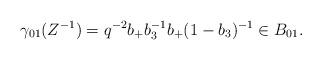
LaTeX: \begin{align*}\gamma_{01} (Z^{-1}) = q^{-2} b_+b_3^{-1}b_+(1-b_3)^{-1}\in B_{01}.\end{align*}